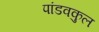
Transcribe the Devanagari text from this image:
पांडवकुल